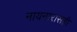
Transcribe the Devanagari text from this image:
नायनारासही